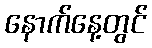
နောက်နေ့တွင်